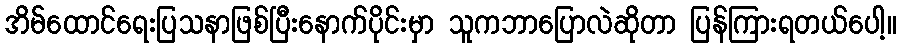
အိမ်ထောင်ရေးပြသနာဖြစ်ပြီးနောက်ပိုင်းမှာ သူကဘာပြောလဲဆိုတာ ပြန်ကြားရတယ်ပေါ့။